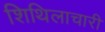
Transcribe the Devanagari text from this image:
शिथिलाचारी